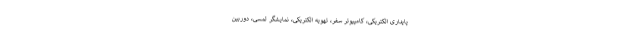
پایداری الکتریکی، کامپیوتر سفر، تهویه الکتریکی، نمایشگر لمسی، دوربین